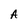
Character: A